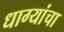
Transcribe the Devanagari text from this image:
धाग्यांचा